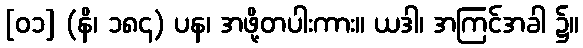
[၀၁] (နိ၊ ၁၈၄) ပန၊ အဖို့တပါးကား။ ယဒါ၊ အကြင်အခါ ၌။